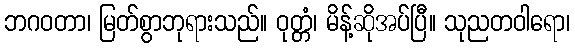
ဘဂဝတာ၊ မြတ်စွာဘုရားသည်။ ဝုတ္တံ၊ မိန့်ဆိုအပ်ပြီ။ သုညတဝါရော၊